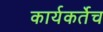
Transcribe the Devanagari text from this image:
कार्यकर्तेच